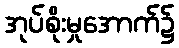
အုပ်စိုးမှုအောက်၌